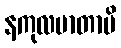
နကုလမာတာပိ